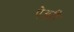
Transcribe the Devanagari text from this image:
पेअरी